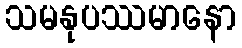
သမနုပဿမာနော